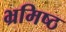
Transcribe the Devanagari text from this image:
भ्रमिष्ठ